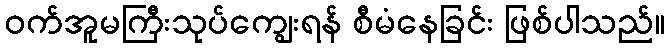
ဝက်အူမကြီးသုပ်ကျွေးရန် စီမံနေခြင်း ဖြစ်ပါသည်။